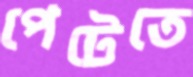
পেটেতে